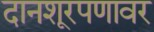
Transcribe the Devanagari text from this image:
दानशूरपणावर